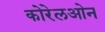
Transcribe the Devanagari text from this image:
कोरेलओन